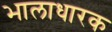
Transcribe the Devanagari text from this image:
भालाधारक